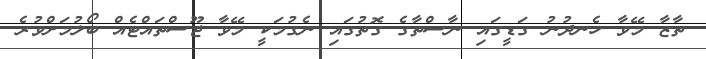
ތާޒާ މޭވާ ހެނދުނު ގަޑީގައި ނާސްތާގެ ގޮތުގައި ނެގުމަކީ މޭވާ ޖޫސްތައްޓެއް ބޯލުމަށްވުރެ